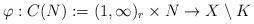
LaTeX: \begin{align*}\varphi:C(N):=(1,\infty)_r\times N\to X\setminus K\end{align*}